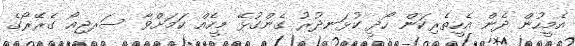
އެމީހުން ދެން އެހީތެރިކަން ހޯދީ ކުޅަނދުރު ގެންގުޅޭ މީހެއް ކަމަށްވާ ސަރޖިއޯ ގެރޭރޯގެ